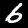
Label: 6